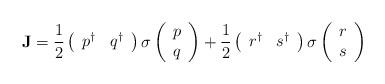
LaTeX: \begin{align*}{\bf J}={1\over 2}\left( \begin{array}{cc} p^\dagger & q^\dagger \end{array}\right){\bf \sigma}\left(\begin{array}{c} p\\q \end{array}\right)+{1\over 2}\left( \begin{array}{cc} r^\dagger & s^\dagger \end{array}\right){\bf \sigma}\left(\begin{array}{c} r\\s \end{array}\right)\end{align*}